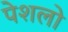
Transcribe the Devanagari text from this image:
पेशलो